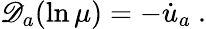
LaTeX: \mathscr{D}_{a}(\ln\mu)=-\dot{u}_{a}~.